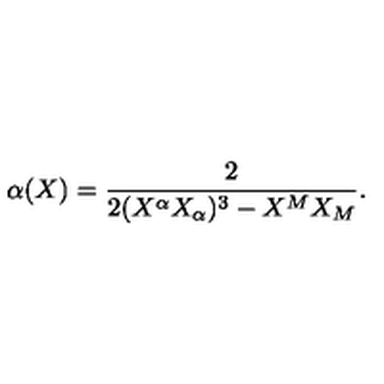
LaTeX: \alpha ( X ) = \frac { 2 } { 2 ( X ^ { \alpha } X _ { \alpha } ) ^ { 3 } - X ^ { M } X _ { M } } .